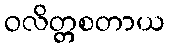
ဝလိတ္တစတာယ